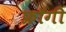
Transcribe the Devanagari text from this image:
फ्रॉगी